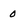
Character: 0